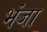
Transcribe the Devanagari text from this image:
भंजा